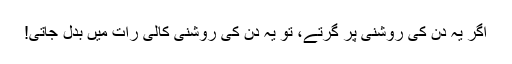
اگر یہ دن کی روشنی پر گرتے، تو یہ دن کی روشنی کالی رات میں بدل جاتی!